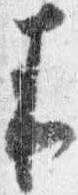
来